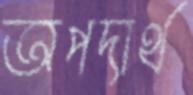
অপদার্থ